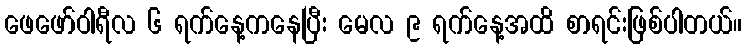
ဖေဖော်ဝါရီလ ၆ ရက်နေ့ကနေပြီး မေလ ၉ ရက်နေ့အထိ စာရင်းဖြစ်ပါတယ်။